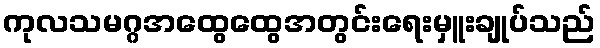
ကုလသမဂ္ဂအထွေထွေအတွင်းရေးမှူးချုပ်သည်